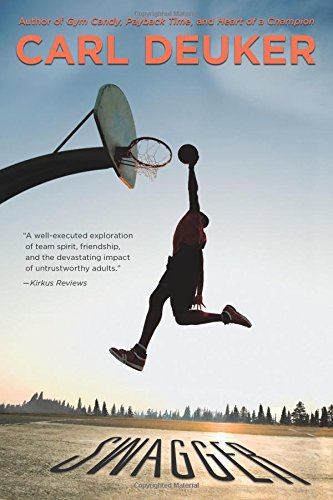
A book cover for Swagger; Carl Deuker; Teen & Young Adult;